画像に写った文字を読んでください
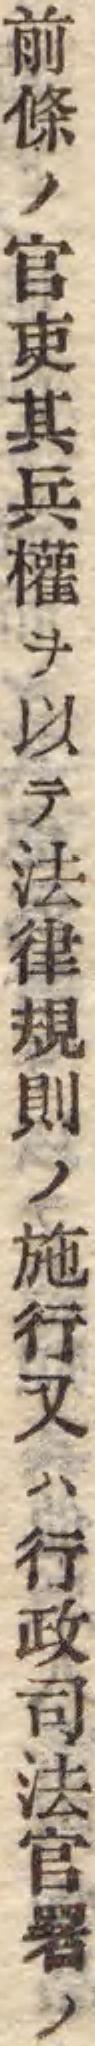
「前條ノ官吏其兵權ヲ以テ法律規則ノ施行又ハ行政司法官署ノ」と書いてあります